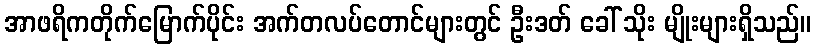
အာဖရိကတိုက်မြောက်ပိုင်း အက်တလပ်တောင်များတွင် ဦးဒတ် ခေါ် သိုး မျိုးများရှိသည်။